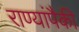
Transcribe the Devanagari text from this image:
राण्यांपैकी